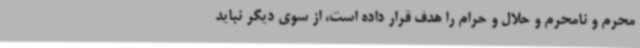
محرم و نامحرم و حلال و حرام را هدف قرار داده است، از سوی دیگر نباید